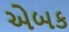
એબક